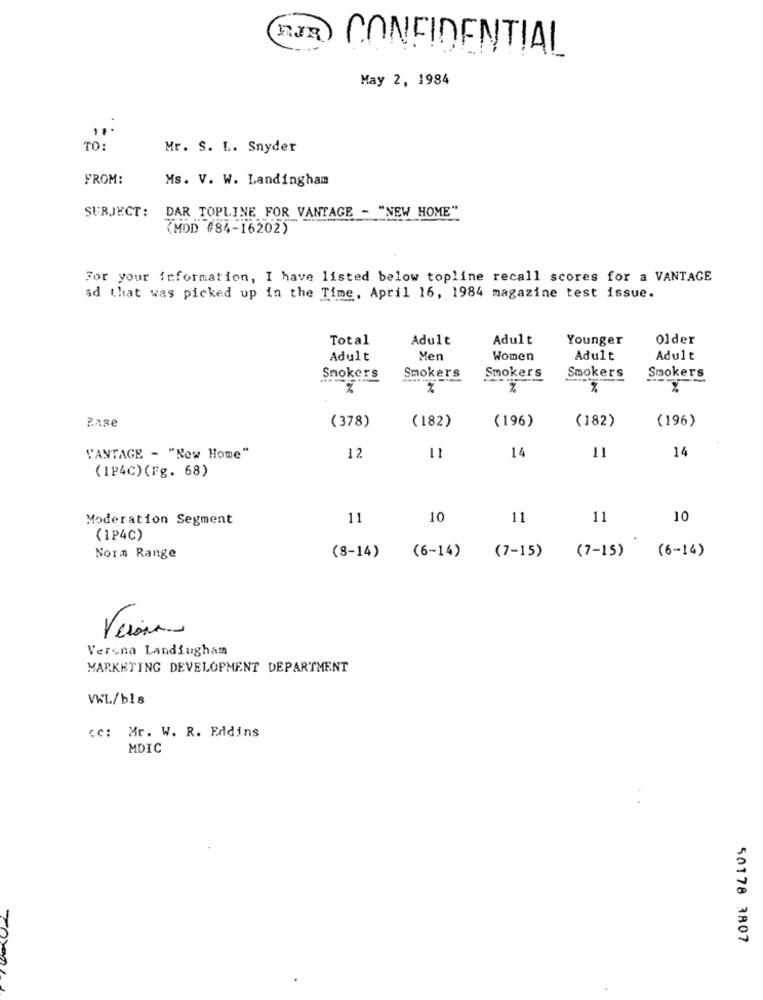
BUR CONFIDENTIAL
May 2, 1984
TO:
Mr. S. L. Snyder
FROM:
Ms. V. W. Landingham
DAR TOPLINE FOR VANTAGE - "NEW HOME"
SUBJECT:
(MOD #84-16202)
For your information, I have listed below topline recall scores for a VANTAGE
ad that was picked up in the Time, April 16, 1984 magazine test issue.
Total
Adult
Adult
Younger
Older
Adult
Men
Women
Adult
Adult
Smokers
Smokers
Smokers
Smokers
Smokers
Zase
(196)
(182)
(196)
(378)
(182)
12
14
VANTAGE - "New Home"
11
14
(1P4C) (Fg. 68)
Moderation Segment
11
10
11
11
10
(1P4C)
Norm Range
(8-14)
(6-14)
(7-15) (7-15) (6-14)
Verona Landingham
MARKETING DEVELOPMENT DEPARTMENT
VWL/b18
cc: Mr. W. R. Eddins
MDIC
50178 3807